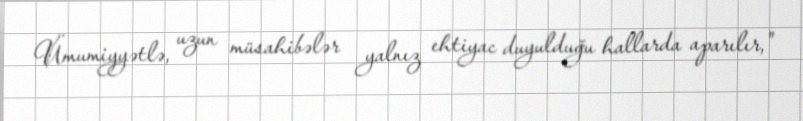
Ümumiyyətlə, uzun müsahibələr yalnız ehtiyac duyulduğu hallarda aparılır,"